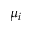
\mu _ { i }